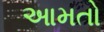
આમતો